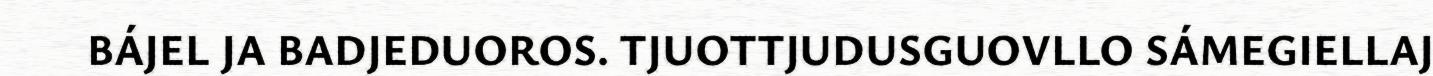
BÁJEL JA BADJEDUOROS. TJUOTTJUDUSGUOVLLO SÁMEGIELLAJ